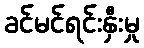
ခင်မင်ရင်းနှီးမှု